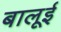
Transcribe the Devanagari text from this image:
बालूई